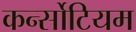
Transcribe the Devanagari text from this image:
कर्न्सोटियम